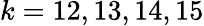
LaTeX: k=12,13,14,15